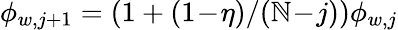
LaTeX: \phi_{w,j+1}=(1+(1\! -\! \eta)/(\mathbb{N}\! -\! j))\phi_{w,j}